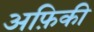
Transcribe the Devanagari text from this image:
अफ़िकी